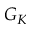
G _ { K }